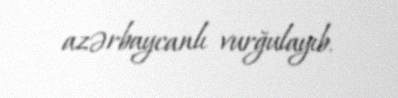
azərbaycanlı vurğulayıb.